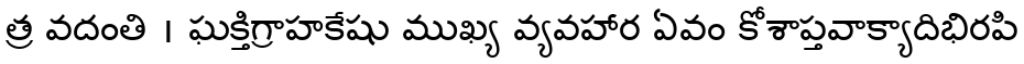
త్ర వదంతి । ఘక్తిగ్రాహకేషు ముఖ్య వ్యవహార ఏవం కోశాప్తవాక్యాదిభిరపి